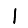
Digit: 1